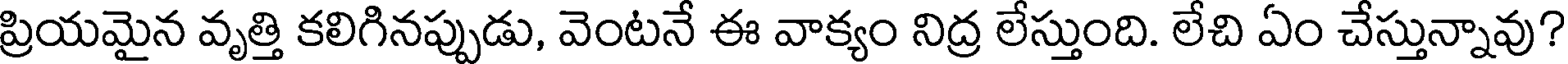
ప్రియమైన వృత్తి కలిగినప్పుడు, వెంటనే ఈ వాక్యం నిద్ర లేస్తుంది. లేచి ఏం చేస్తున్నావు?